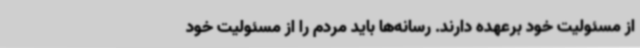
از مسئولیت خود برعهده دارند. رسانه‌ها باید مردم را از مسئولیت خود